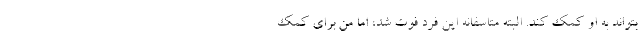
بتواند به او کمک کند. البته متاسفانه این فرد فوت شد، اما من برای کمک